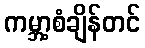
ကမ္ဘာ့စံချိန်တင်